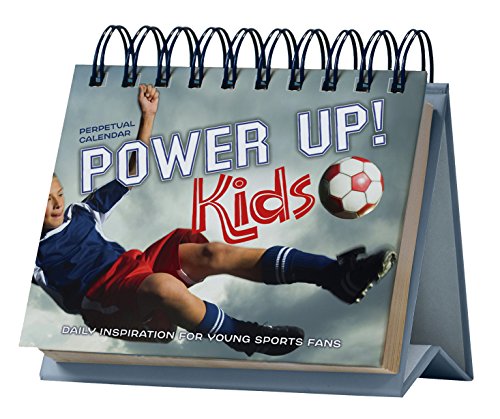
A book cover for Power Up! Kids Perpetual Calendar - Page a Day: Daily Inspiration for Young Sports Fans; Discovery House Publishers; Calendars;